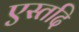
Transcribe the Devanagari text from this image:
एस्तदि